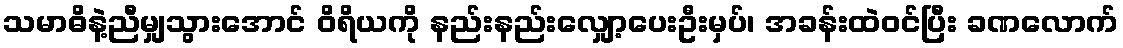
သမာဓိနဲ့ညီမျှသွားအောင် ဝိရိယကို နည်းနည်းလျှော့ပေးဦးမှပ်၊ အခန်းထဲဝင်ပြီး ခဏလောက်